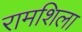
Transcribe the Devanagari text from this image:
रामशिला